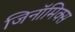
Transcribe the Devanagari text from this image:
जिनॉमिक्स